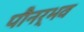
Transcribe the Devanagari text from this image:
पौनर्भव